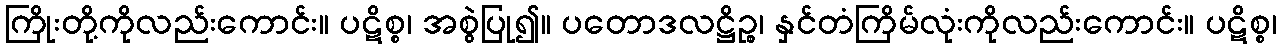
ကြိုးတို့ကိုလည်းကောင်း။ ပဋိစ္စ၊ အစွဲပြု၍။ ပတောဒလဋ္ဌိဉ္စ၊ နှင်တံကြိမ်လုံးကိုလည်းကောင်း။ ပဋိစ္စ၊